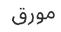
مورق